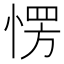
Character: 愣